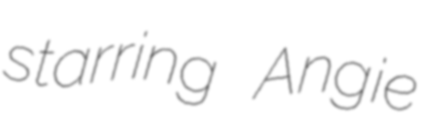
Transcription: starring Angie